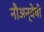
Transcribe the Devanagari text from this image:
नौअन्वेषी